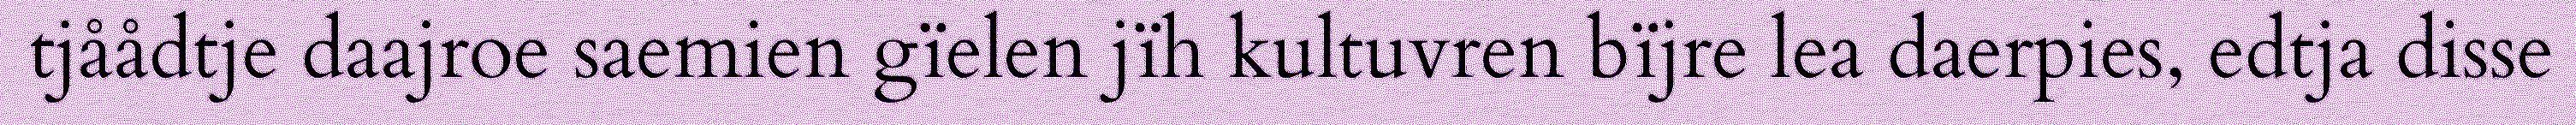
tjåådtje daajroe saemien gïelen jïh kultuvren bïjre lea daerpies, edtja disse